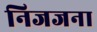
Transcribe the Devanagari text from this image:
निजजना